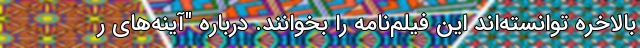
بالاخره توانسته‌اند این فیلم‌نامه را بخوانند. دربارهٔ "آینه‌های ر